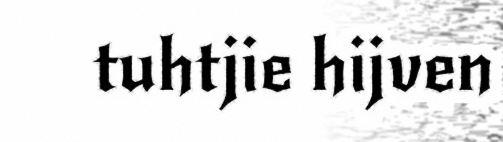
tuhtjie hijven